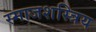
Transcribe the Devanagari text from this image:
स्माजशस्त्रिय